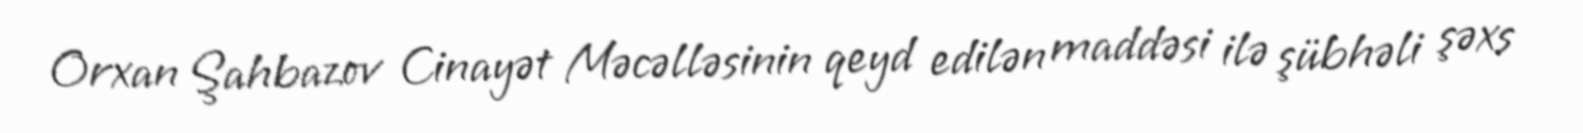
Orxan Şahbazov Cinayət Məcəlləsinin qeyd edilən maddəsi ilə şübhəli şəxs